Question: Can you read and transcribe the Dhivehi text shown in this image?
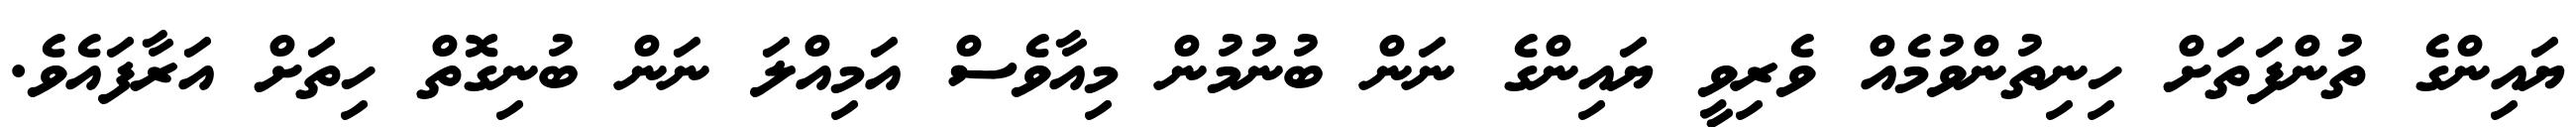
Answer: ޔައިންގެ ތުންފަތަށް ހިނިތުންވުމެއް ވެރިވީ ޔައިންގެ ނަން ބުނުމުން މިއާވެސް އަމިއްލަ ނަން ބުނިގޮތް ހިތަށް އަރާފައެވެ.